画像に写った文字を読んでください
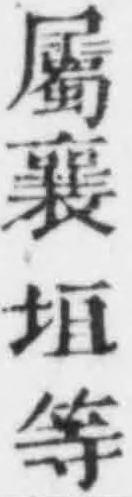
「屬襄垣等」と書いてあります